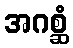
အဂစ္ဆံ